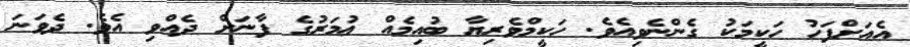
އެއަށްފަހު ހަކީމަކު ގެންނެވިއެވެ. ހަކީމްވެރިޔާ ބުއިމެއް ޢުމަރުގެ ފާނަށް ދެއްވި އެވެ. ދެވަނަ